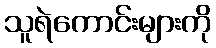
သူရဲကောင်းများကို